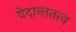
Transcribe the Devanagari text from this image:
वेदान्ततत्त्‍व